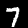
Label: 7